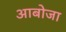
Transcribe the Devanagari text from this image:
आबोजा